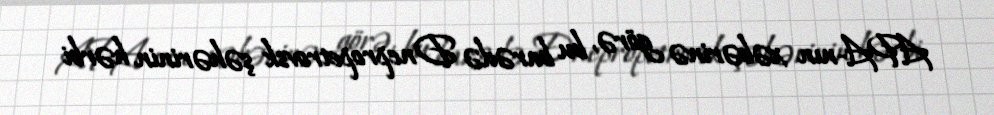
APA-nın xəbərinə görə, bu barədə Dnepropetrovsk şəhərinin hərbi